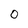
Character: 0